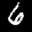
Label: 6